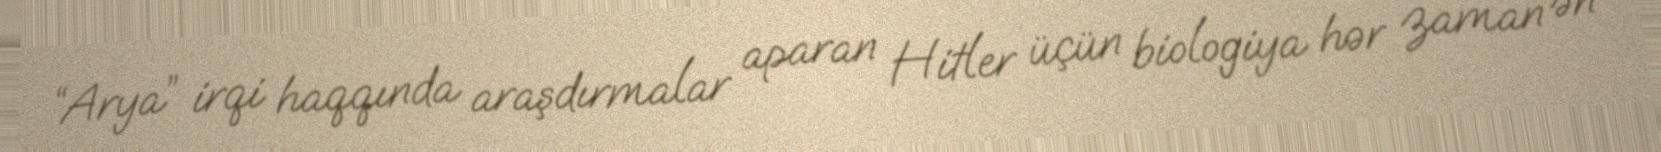
“Arya” irqi haqqında araşdırmalar aparan Hitler üçün biologiya hər zaman ən